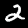
Label: 2